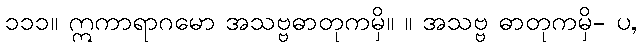
၁၁၁။ ဣကာရာဂမော အသဗ္ဗဓာတုကမှိ။ ။ အသဗ္ဗ ဓာတုကမှိ- ပ,